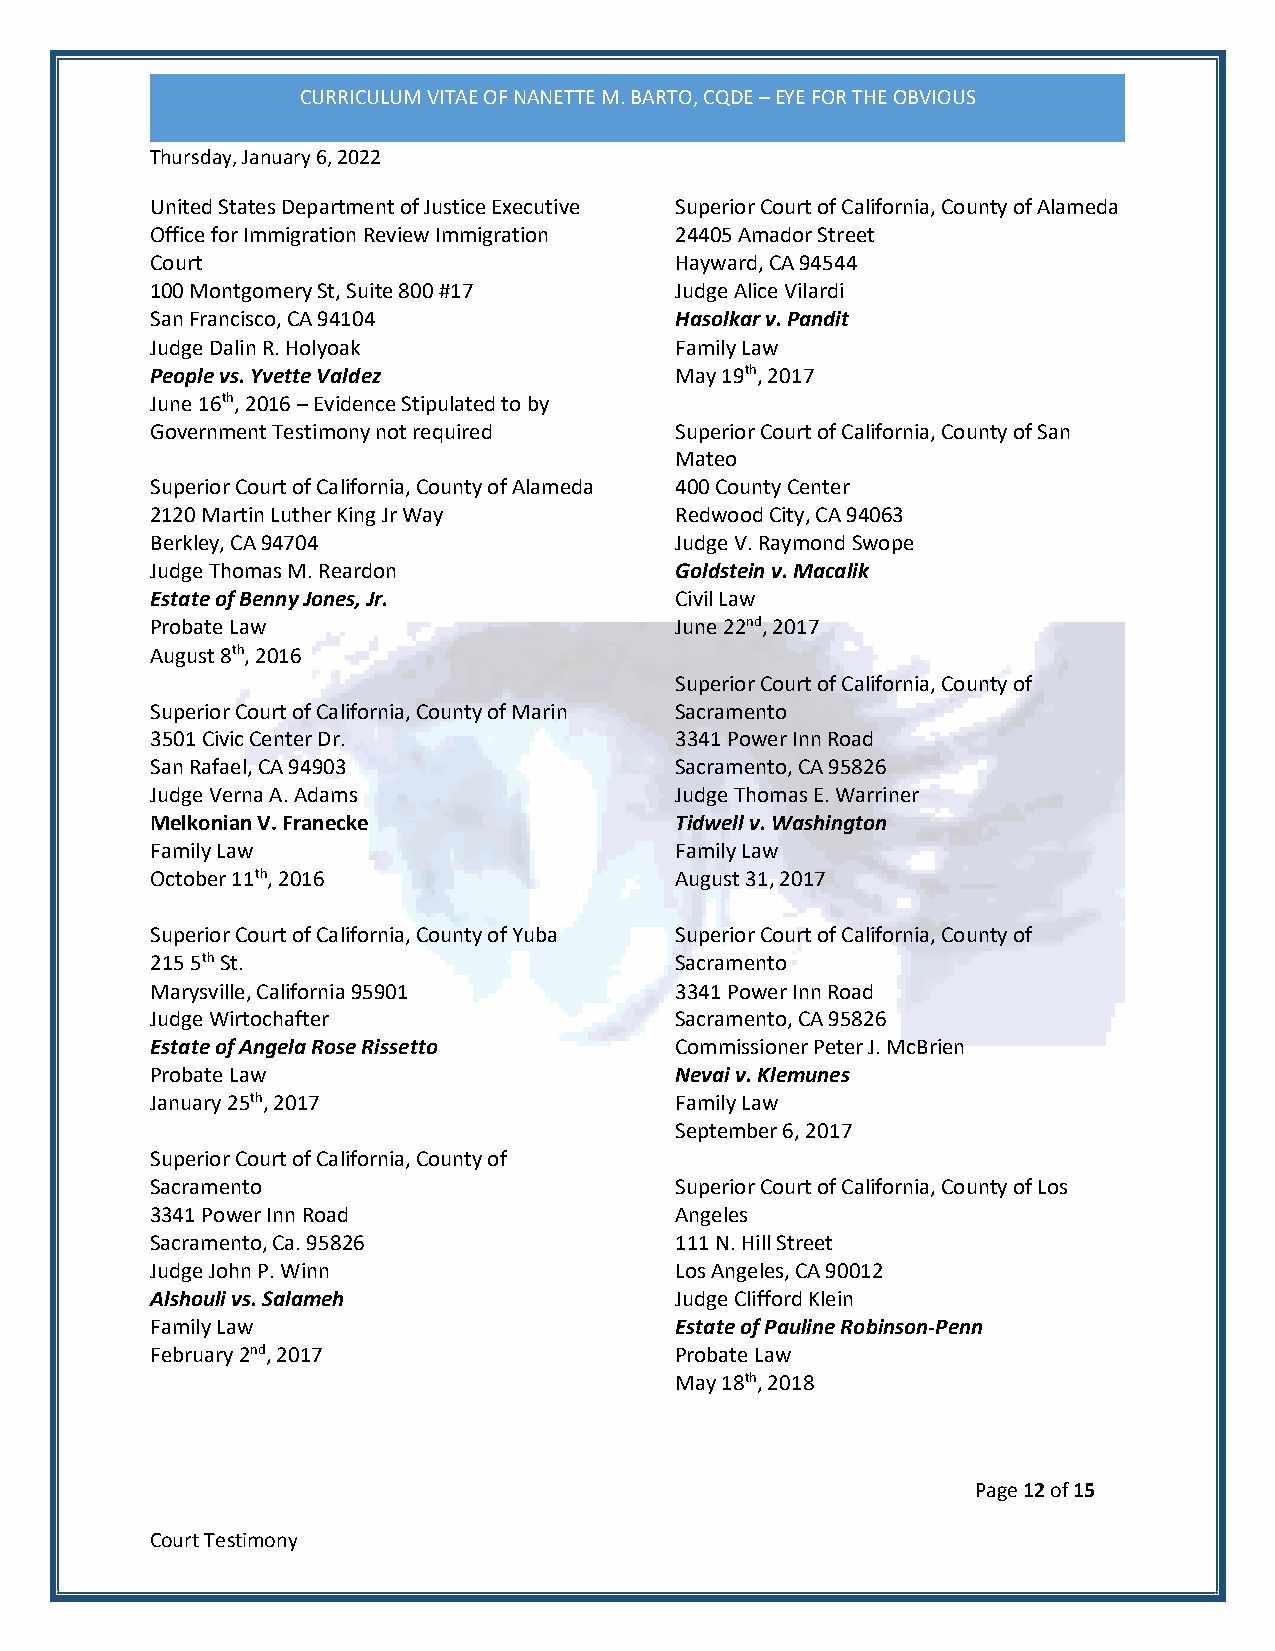
CURRICULUM VITAE OF NANETTE M. BARTO, CQDE – EYE FOR THE OBVIOUS
 Thursday, January 6, 2022
 United States Department of Justice Executive Superior Court of California, County of Alameda
 Office for Immigration Review Immigration 24405 Amador Street
 Court                              Hayward, CA 94544
 100 Montgomery St, Suite 800 #17   Judge Alice Vilardi
 San Francisco, CA 94104            Hasolkar v. Pandit
 Judge Dalin R. Holyoak             Family Law
 People vs. Yvette Valdez           May 19th, 2017
 June 16th, 2016 – Evidence Stipulated to by
 Government Testimony not required  Superior Court of California, County of San
 Mateo
 Superior Court of California, County of Alameda 400 County Center
 2120 Martin Luther King Jr Way     Redwood City, CA 94063
 Berkley, CA 94704                  Judge V. Raymond Swope
 Judge Thomas M. Reardon            Goldstein v. Macalik
 Estate of Benny Jones, Jr.         Civil Law
 Probate Law                        June 22nd, 2017
 August 8th, 2016
 Superior Court of California, County of
 Superior Court of California, County of Marin Sacramento
 3501 Civic Center Dr.              3341 Power Inn Road
 San Rafael, CA 94903               Sacramento, CA 95826
 Judge Verna A. Adams               Judge Thomas E. Warriner
 Melkonian V. Franecke              Tidwell v. Washington
 Family Law                         Family Law
 October 11th, 2016                 August 31, 2017
 Superior Court of California, County of Yuba Superior Court of California, County of
 215 5th St.                        Sacramento
 Marysville, California 95901       3341 Power Inn Road
 Judge Wirtochafter                 Sacramento, CA 95826
 Estate of Angela Rose Rissetto     Commissioner Peter J. McBrien
 Probate Law                        Nevai v. Klemunes
 January 25th, 2017                 Family Law
 September 6, 2017
 Superior Court of California, County of
 Sacramento                         Superior Court of California, County of Los
 3341 Power Inn Road                Angeles
 Sacramento, Ca. 95826              111 N. Hill Street
 Judge John P. Winn                 Los Angeles, CA 90012
 Alshouli vs. Salameh               Judge Clifford Klein
 Family Law                         Estate of Pauline Robinson-Penn
 February 2nd, 2017                 Probate Law
 May 18th, 2018
 Page 12 of 15
 Court Testimony